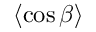
\left\langle \cos \beta \right\rangle